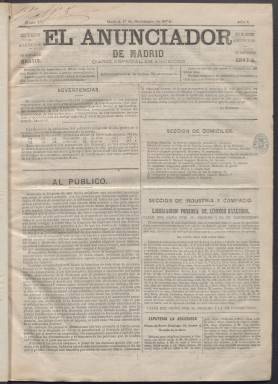
Título: El Anunciador de Madrid
Colección: Periódicos
Ámbito geográfico: Madrid
Lugar de publicación: Madrid
Fechas: 01/09/1874-25/03/1876